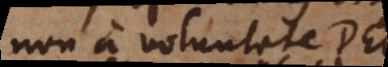
non a voluntate Dei